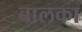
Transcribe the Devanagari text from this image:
बालका